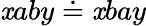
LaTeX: \mathit{x}aby\doteq\mathit{x}bay